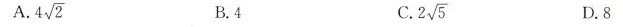
A. 4\sqrt{2} B. 4 C.2\sqrt{5} D. 8